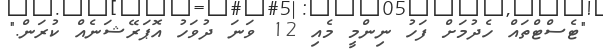
"ޓެސްޓްތައް ހެދުމަށް ފަހު ނިންމީ މެއި 12 ވަނަ ދުވަހު އޮޕަރޭޝަނެއް ކުރަން."